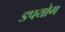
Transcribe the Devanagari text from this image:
डपयोग